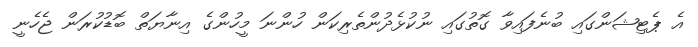
އެ ޕެޓިޝަންގައި ބުނެފައިވާ ގޮތުގައި ނުކުޅެދުންތެރިކަން ހުންނަ މީހުންގެ އިނާޔަތް ބޮޑުކުރަން ޖެހެނީ